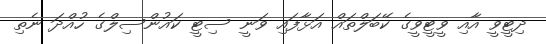
ދިޓީވީ އާއި ވީޓީވީގެ ކޭބަލްތައް އަޅާފައި ވަނީ ސިޓީ ކައުންސިލްގެ ހުއްދަ ނެތި